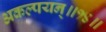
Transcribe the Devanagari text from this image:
अकल्पयन्॥१४॥